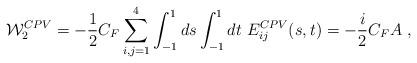
LaTeX: \begin{align*}{\cal W}_2^{CPV} = - {1\over 2} C_F \sum_{i,j=1}^4 \int_{-1}^1 ds\int_{-1}^1dt\ E_{ij}^{CPV} (s,t) =-{i\over 2} C_F A\ ,\end{align*}